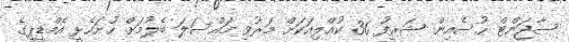
ސާޖަންޓް ހުސެއިން ޝަރީފު 36 ކުއްލިއަކަށް މަރުވި މައްސަލަ ބެލުމަށް ހުށަހެޅީ އެމްޑީޕީގެ